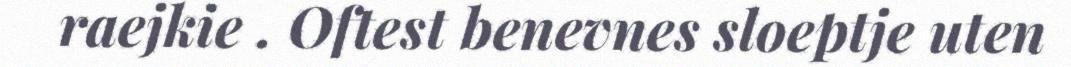
raejkie . Oftest benevnes sloeptje uten